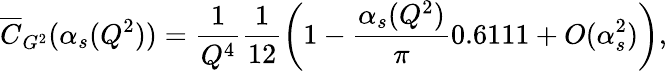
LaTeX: \overline{{{C}}}_{G^{2}}(\alpha_{s}(Q^{2}))=\frac{1}{Q^{4}}\frac{1}{12}\biggl(1-\frac{\alpha_{s}(Q^{2})}{\pi}0.6111+O(\alpha_{s}^{2})\biggr),